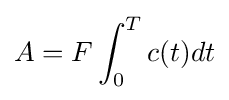
A=F\int _{0}^{T}c(t)dt